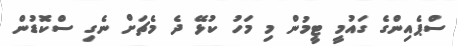
ސްޕެއިންގެ ގައުމީ ޓީމުން މި މަހު ކުޅޭ ދެ މެޗަށް ނެގި ސްކޮޑުން